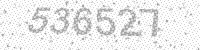
Solution: 536527